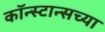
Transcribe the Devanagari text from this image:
कॉन्स्टान्सच्या